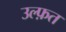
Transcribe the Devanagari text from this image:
उल्फ़त